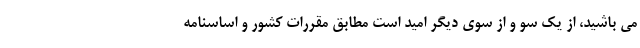
می باشید، از یک سو و از سوی دیگر امید است مطابق مقررات کشور و اساسنامه